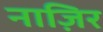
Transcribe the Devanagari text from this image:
नाज़िर